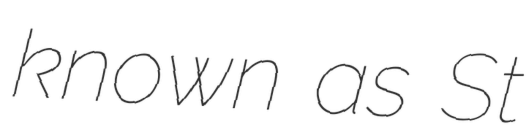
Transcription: known as St